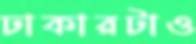
ঢাকারটাও